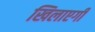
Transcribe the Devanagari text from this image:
खिलाएगी